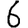
Digit: 6